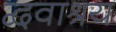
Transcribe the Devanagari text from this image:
द्ववाश्रय